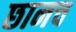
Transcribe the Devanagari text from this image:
छानच